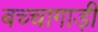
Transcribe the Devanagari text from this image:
बच्चागाड़ी